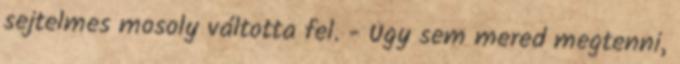
sejtelmes mosoly váltotta fel. - Úgy sem mered megtenni,